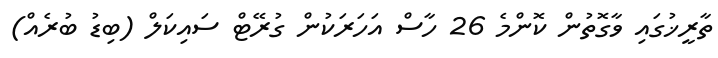
ތާރީޚުގައި ވާގޮތުން ކޮންމެ 26 ހާސް އަހަރަކުން ގުރޭޓް ސައިކަލް (ބިޑު ބުރެއް)